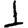
Digit: 1